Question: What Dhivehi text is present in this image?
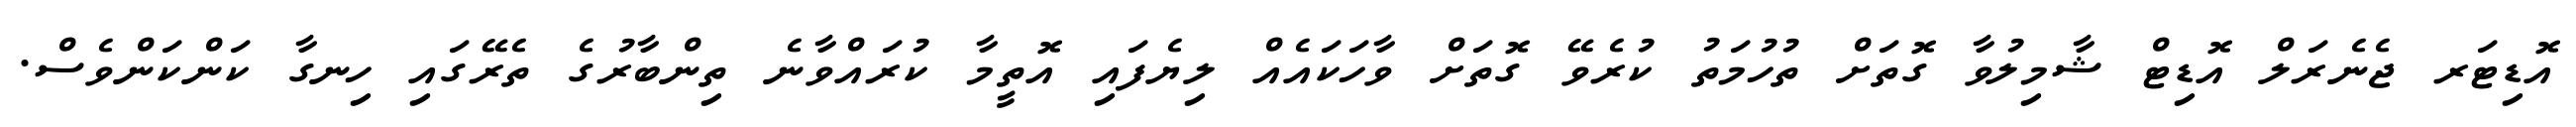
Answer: އޮޑިޓަރ ޖެނެރަލް އޮޑިޓް ޝާމިލުވާ ގޮތަށް ތުހުމަތު ކުރެވޭ ގޮތަށް ވާހަކައެއް ލިޔެފައި އޮތީމާ ކުރައްވާނެ ތިންބާރުގެ ތެރޭގައި ހިނގާ ކަންކަންވެސް.